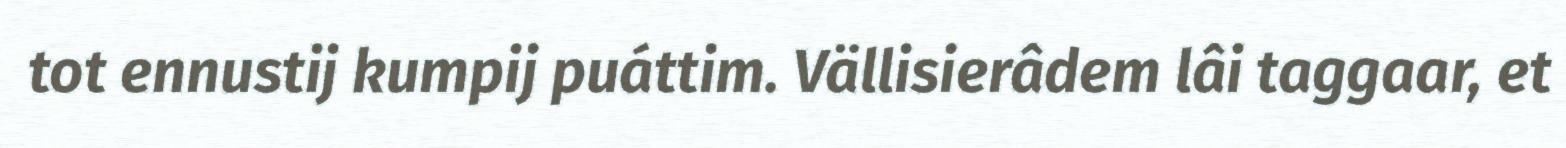
tot ennustij kumpij puáttim. Vällisierâdem lâi taggaar, et